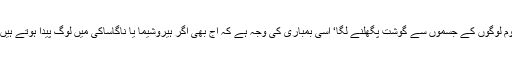
ایٹمی بمباری کے بعد دیکھتے ہی دیکھتے معصوم لوگوں کے جسموں سے گوشت پگھلنے لگا‘ اسی بمباری کی وجہ ہے کہ آج بھی اگر ہیروشیما یا ناگاساکی میں لوگ پیدا ہوتے ہیں تو ان میں کوئی نہ کوئی خلقی نقص پایا جاتا ہے۔